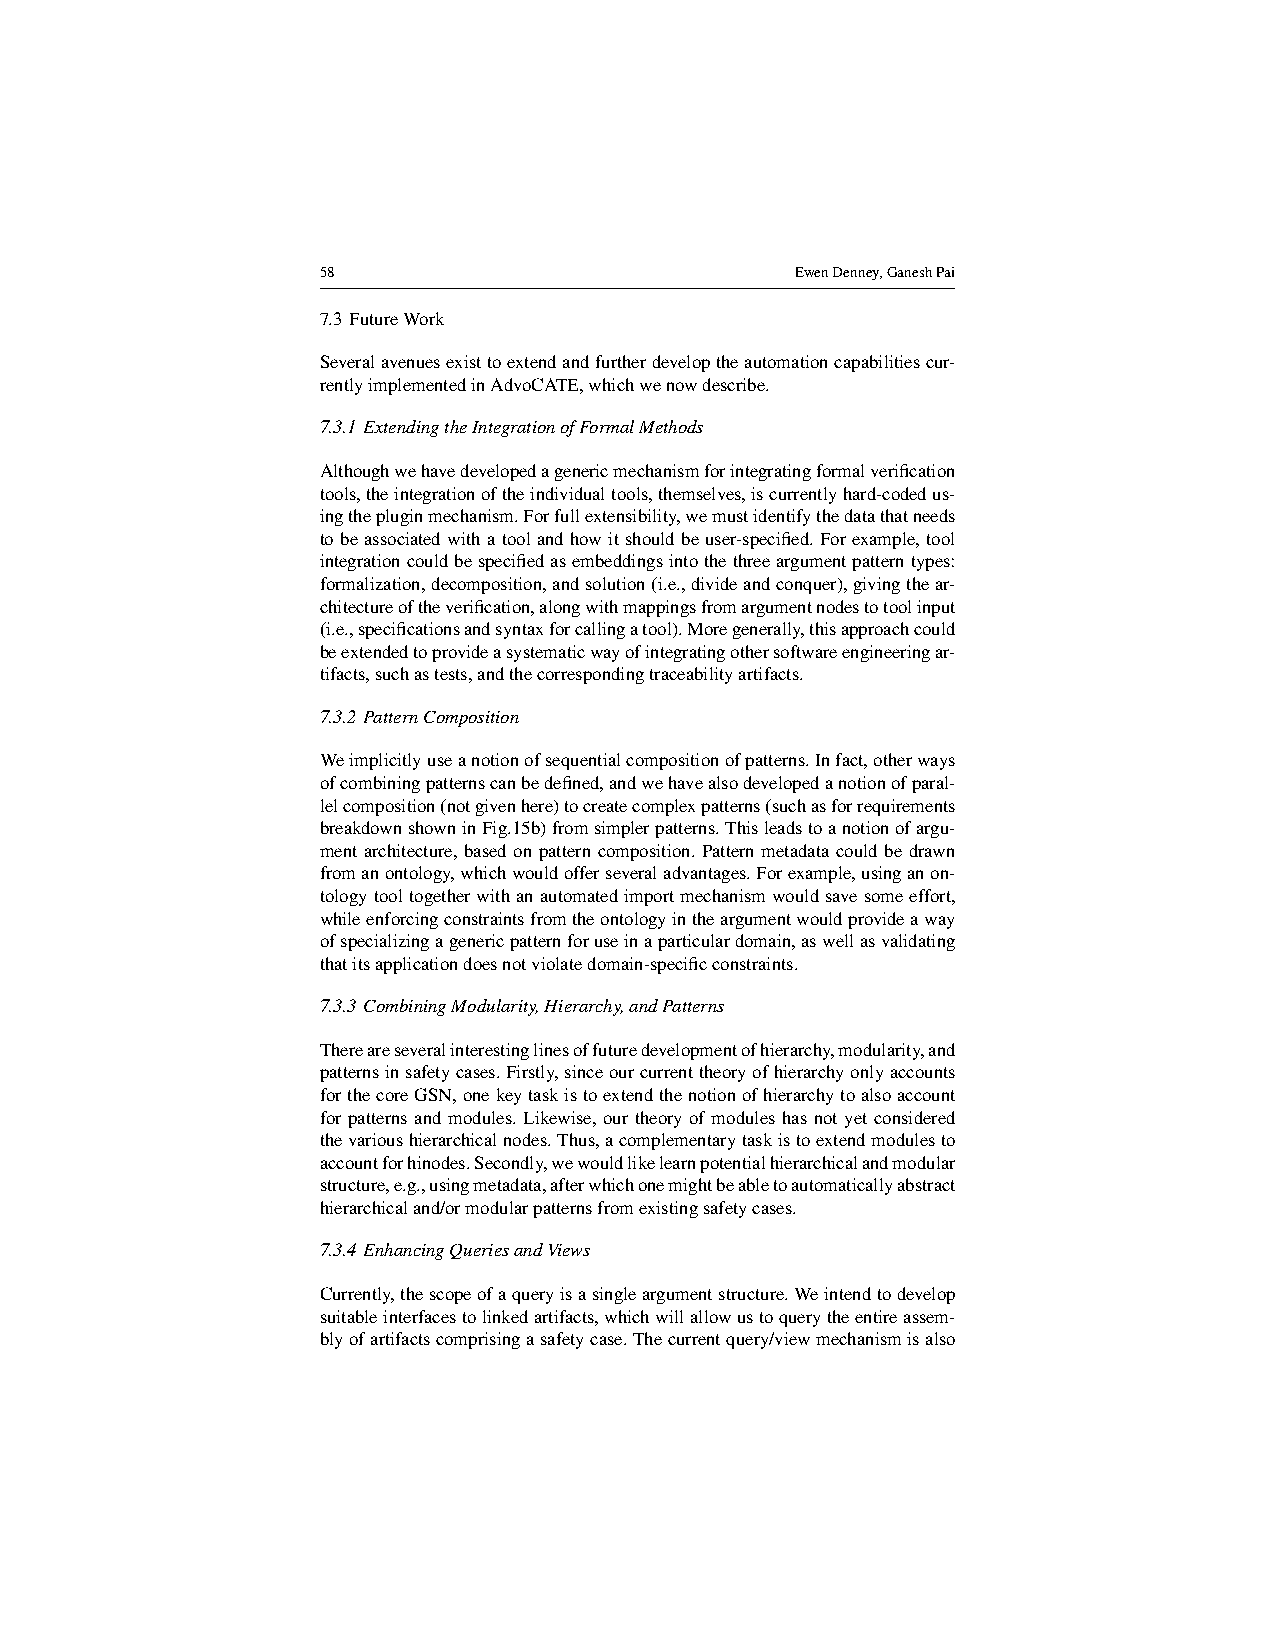
58                              EwenDenney,GaneshPai
 7.3 FutureWork
 Severalavenuesexisttoextendandfurtherdeveloptheautomationcapabilitiescur-
 rentlyimplementedinAdvoCATE,whichwenowdescribe.
 7.3.1 ExtendingtheIntegrationofFormalMethods
 Althoughwehavedevelopedagenericmechanismforintegratingformalverification
 tools,theintegrationoftheindividualtools,themselves,iscurrentlyhard-codedus-
 ingthepluginmechanism.Forfullextensibility,wemustidentifythedatathatneeds
 tobeassociatedwithatoolandhowitshouldbeuser-specified.Forexample,tool
 integrationcouldbespecifiedasembeddingsintothethreeargumentpatterntypes:
 formalization,decomposition,andsolution(i.e.,divideandconquer),givingthear-
 chitectureoftheverification,alongwithmappingsfromargumentnodestotoolinput
 (i.e.,specificationsandsyntaxforcallingatool).Moregenerally,thisapproachcould
 beextendedtoprovideasystematicwayofintegratingothersoftwareengineeringar-
 tifacts,suchastests,andthecorrespondingtraceabilityartifacts.
 7.3.2 PatternComposition
 Weimplicitlyuseanotionofsequentialcompositionofpatterns.Infact,otherways
 ofcombiningpatternscanbedefined,andwehavealsodevelopedanotionofparal-
 lelcomposition(notgivenhere)tocreatecomplexpatterns(suchasforrequirements
 breakdownshowninFig.15b)fromsimplerpatterns.Thisleadstoanotionofargu-
 ment architecture, based on pattern composition. Pattern metadata could be drawn
 fromanontology,whichwouldofferseveraladvantages.Forexample,usinganon-
 tologytooltogetherwithanautomatedimportmechanismwouldsavesomeeffort,
 whileenforcingconstraintsfromtheontologyintheargumentwouldprovideaway
 ofspecializingagenericpatternforuseinaparticulardomain,aswellasvalidating
 thatitsapplicationdoesnotviolatedomain-specificconstraints.
 7.3.3 CombiningModularity,Hierarchy,andPatterns
 Thereareseveralinterestinglinesoffuturedevelopmentofhierarchy,modularity,and
 patternsinsafetycases.Firstly,sinceourcurrenttheoryofhierarchyonlyaccounts
 forthecoreGSN,onekeytaskistoextendthenotionofhierarchytoalsoaccount
 for patterns and modules. Likewise, our theory of modules has not yet considered
 thevarioushierarchicalnodes.Thus,acomplementarytaskistoextendmodulesto
 accountforhinodes.Secondly,wewouldlikelearnpotentialhierarchicalandmodular
 structure,e.g.,usingmetadata,afterwhichonemightbeabletoautomaticallyabstract
 hierarchicaland/ormodularpatternsfromexistingsafetycases.
 7.3.4 EnhancingQueriesandViews
 Currently,thescopeofaqueryisasingleargumentstructure.Weintendtodevelop
 suitableinterfacestolinkedartifacts,whichwillallowustoquerytheentireassem-
 blyofartifactscomprisingasafetycase.Thecurrentquery/viewmechanismisalso